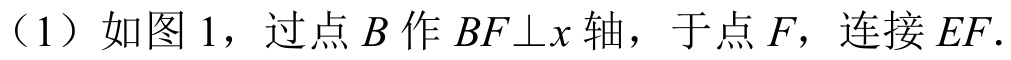
（1）如图 1，过点 \(B\) 作 \(BF\perp x\) 轴，于点 \(F\)，连接 \(EF\).